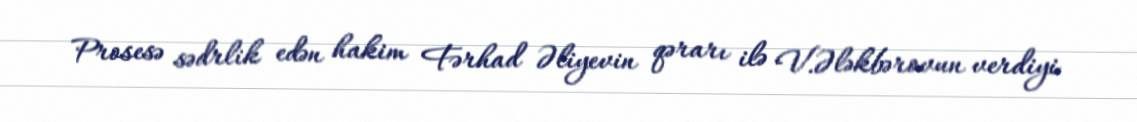
Prosesə sədrlik edən hakim Fərhad Əliyevin qərarı ilə V.Ələkbərovun verdiyi